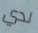
لدي